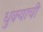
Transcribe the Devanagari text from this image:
धुक्याची